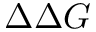
\Delta \Delta G